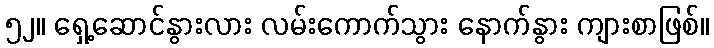
၅၂။ ရှေ့ဆောင်နွားလား လမ်းကောက်သွား နောက်နွား ကျားစာဖြစ်။